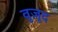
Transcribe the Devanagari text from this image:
वुज़ूद